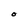
Character: O